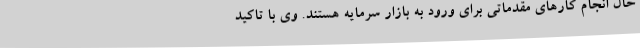
حال انجام کارهای مقدماتی برای ورود به بازار سرمایه هستند. وی با تاکید